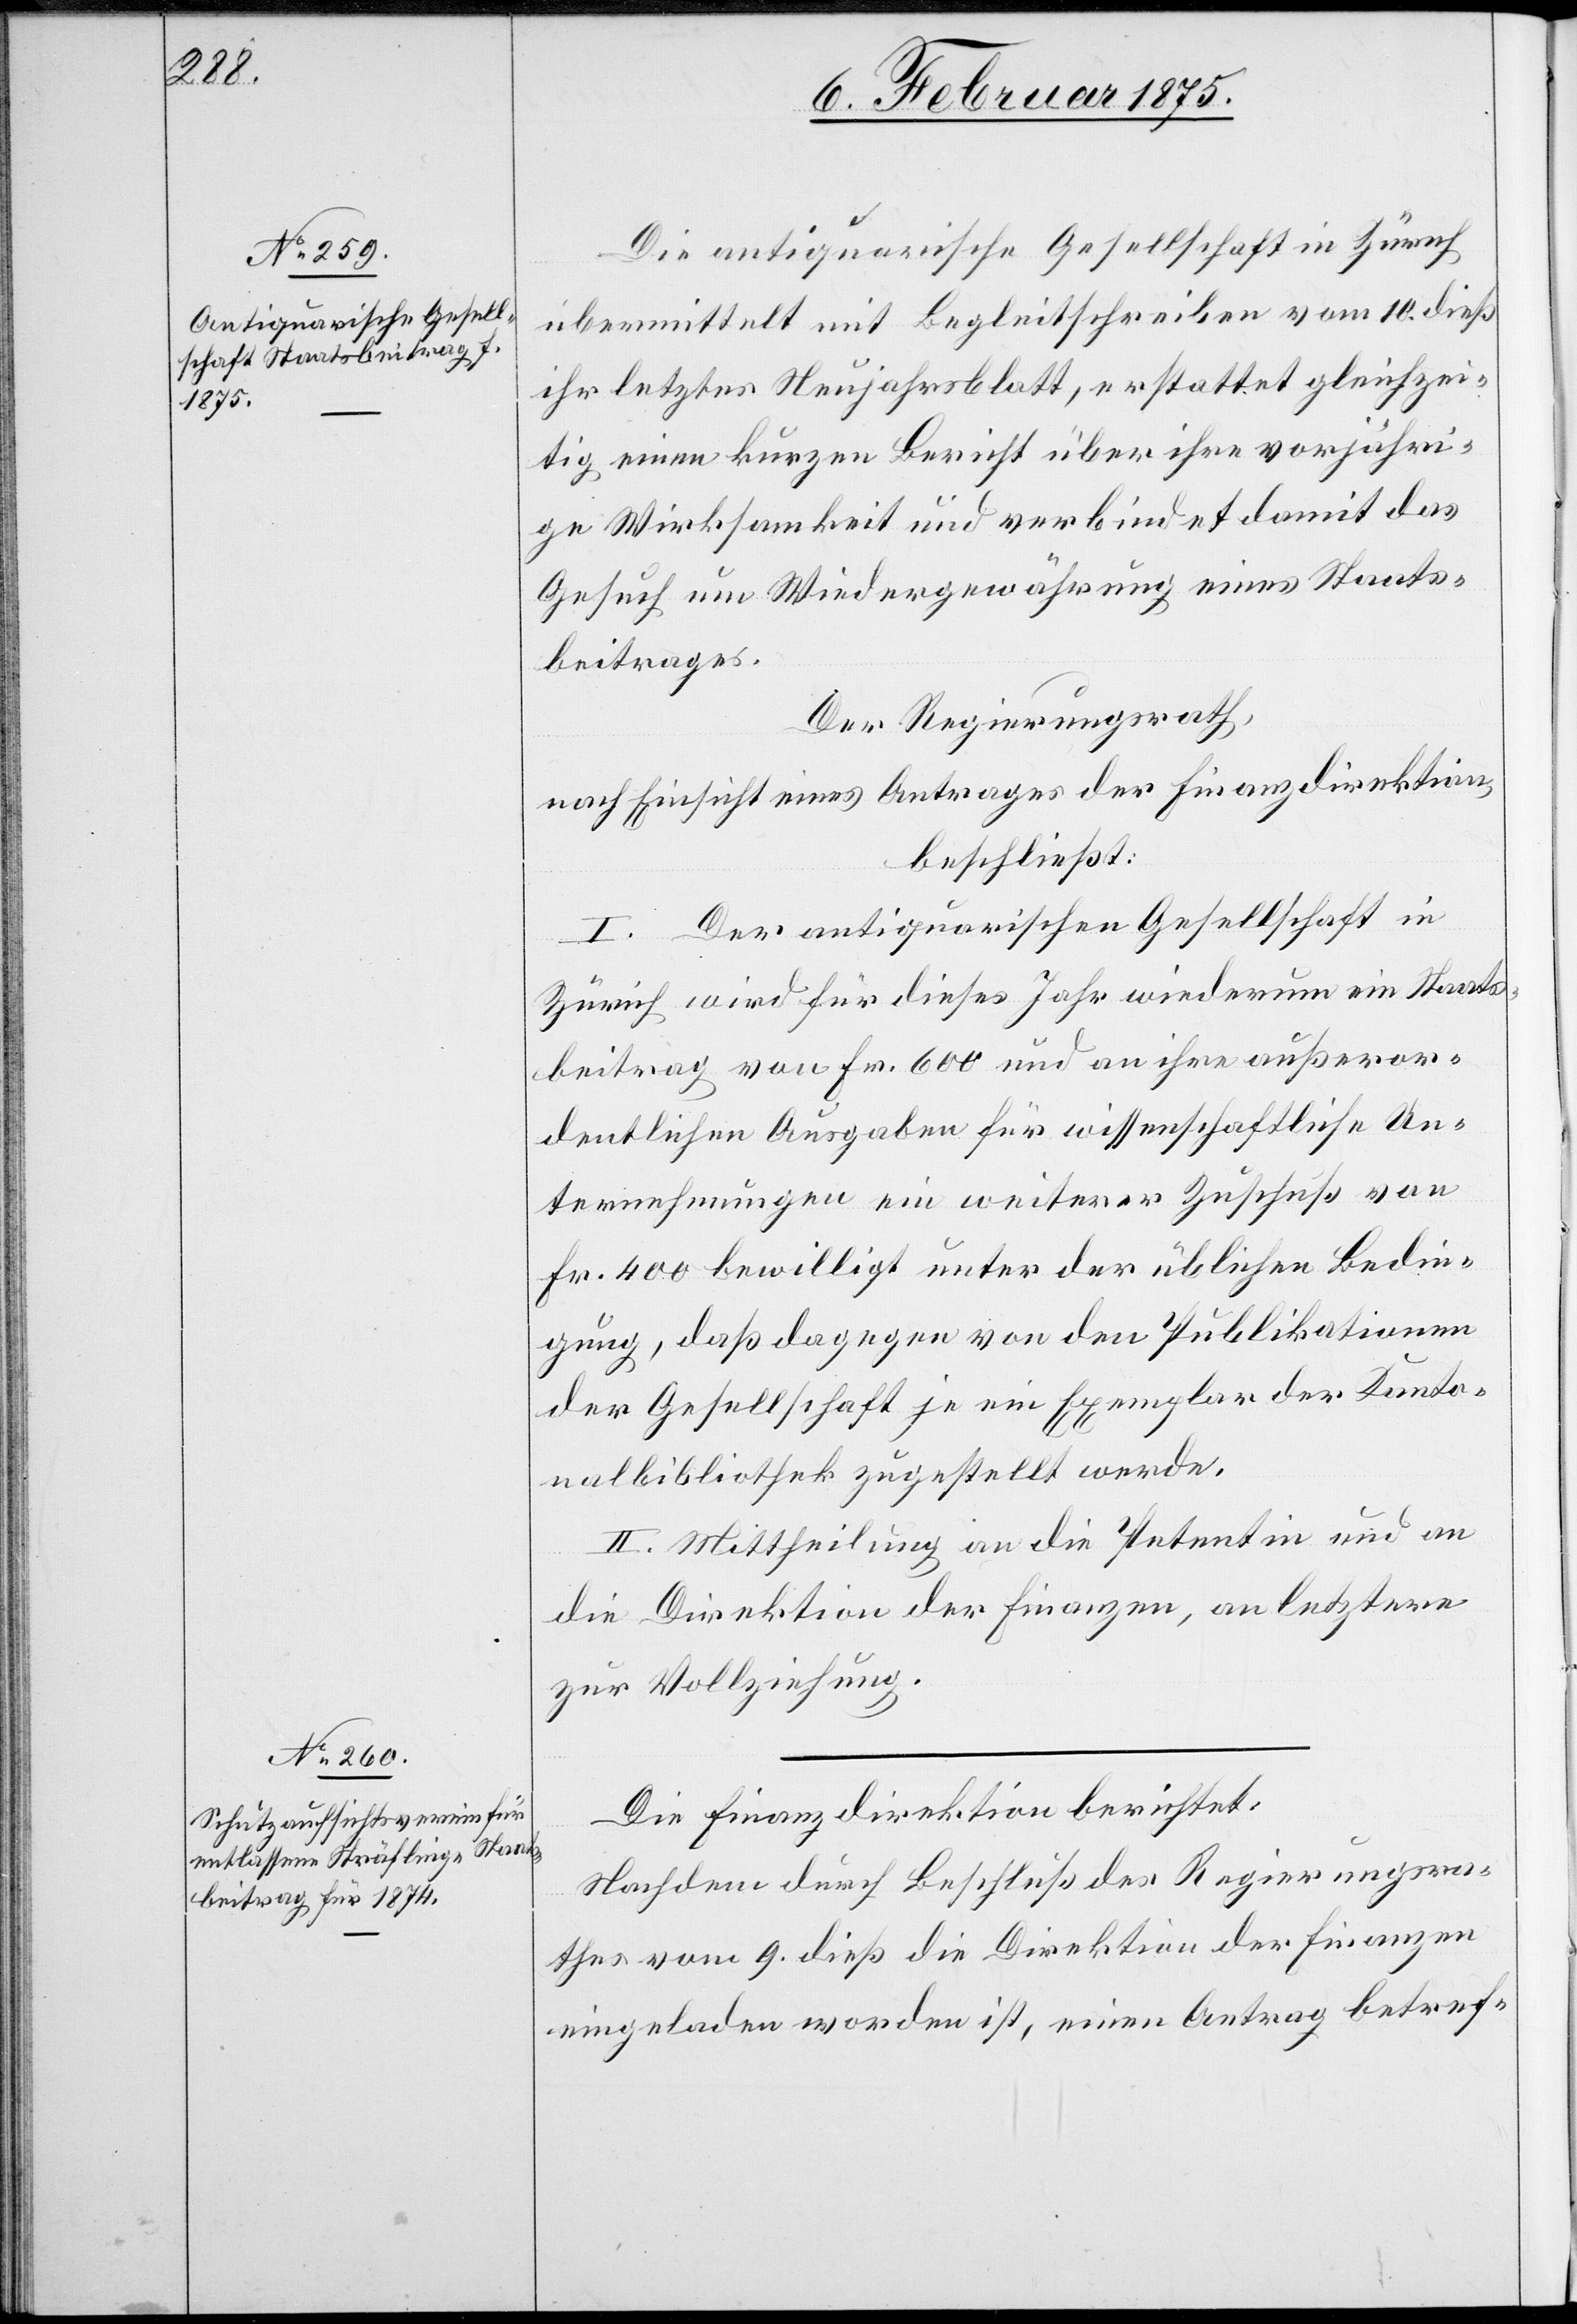
Die antiquarische Gesellschaft in Zürich
übermittelt mit Begleitschreiben vom 10. dieß
ihr letztes Neujahrsblatt, erstattet gleichzei¬
tig einen kurzen Bericht über ihre vorjähri¬
ge Wirksamkeit und verbindet damit das
Gesuch um Wiedergewährung eines Staats¬
beitrages.
Der Regierungsrath,
nach Einsicht eines Antrages der Finanzdirektion,
beschließt:
I. Der antiquarischen Gesellschaft in
Zürich wird für dieses Jahr wiederum ein Staats¬
beitrag von Fr. 600 und an ihre außeror¬
dentlichen Ausgaben für wissenschaftliche Un¬
ternehmungen ein weiterer Zuschuß von
Fr. 400 bewilligt unter der üblichen Bedin¬
gung, daß dagegen von den Publikationen
der Gesellschaft je ein Exemplar der Kanto¬
nalbibliothek zugestellt werde.
II. Mittheilung an die Petentin und an
die Direktion der Finanzen, an letztere
zur Vollziehung.
Die Finanzdirektion berichtet:
Nachdem durch Beschluß des Regierungsra¬
thes vom 9. dieß die Direktion der Finanzen
eingeladen worden ist, einen Antrag betref-